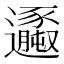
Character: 𨙆